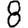
Digit: 8